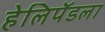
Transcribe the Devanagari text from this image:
हेलिपॅडला